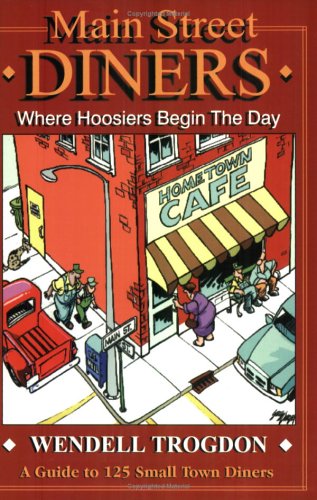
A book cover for Main Street Diners: Where Hoosiers Begin the Day; Gary Varvel; Travel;